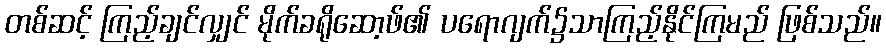
တစ်ဆင့် ကြည့်ချင်လျှင် မိုက်ခရိုဆော့ဖ်၏ ပရောဂျက်၌သာကြည့်နိုင်ကြမည် ဖြစ်သည်။